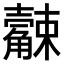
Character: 𧥆